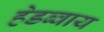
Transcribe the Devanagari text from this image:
हेडब्वाय